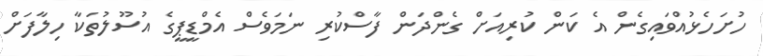
ހުށަހެޅުއްވައިގެން އެ ކަން ކުރިއަށް ގެންދަން ފާސްކުރި ނަމަވެސް އެމްޑީޕީގެ އުސޫލުތަކާ ހިލާފަށް